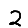
Digit: 2